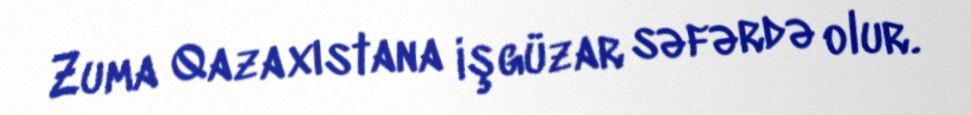
Zuma Qazaxıstana işgüzar səfərdə olur.